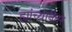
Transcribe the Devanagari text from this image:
ह्यांच्यानंतर